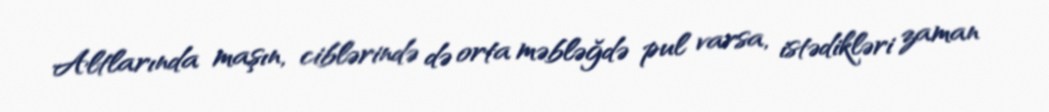
Altlarında maşın, ciblərində də orta məbləğdə pul varsa, istədikləri zaman